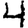
Digit: 4